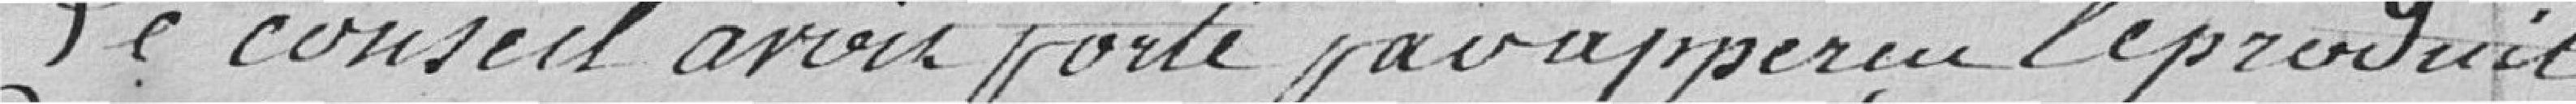
Le conseil avait porté par aperçu le produit